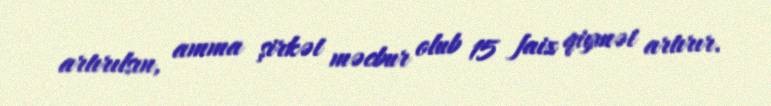
artırılsın, amma şirkət məcbur olub 15 faiz qiymət artırır.